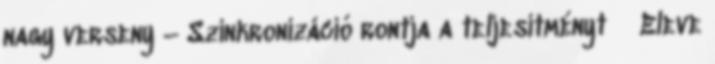
nagy verseny – Szinkronizáció rontja a teljesítményt ● Eleve